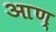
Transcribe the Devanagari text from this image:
आण्